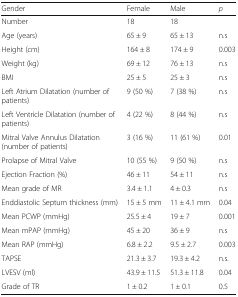
| Gender | Female | Male | p |
 | --- | --- | --- | --- |
 | Number | 18 | 18 |  |
 | Age (years) | 65 ± 9 | 65 ± 13 | n.s |
 | Height (cm) | 164 ± 8 | 174 ± 9 | 0.003 |
 | Weight (kg) | 69 ± 12 | 76 ± 13 | n.s |
 | BMI | 25 ± 5 | 25 ± 3 | n.s |
 | Left Atrium Dilatation (number of patients) | 9 (50 %) | 7 (38 %) | n.s |
 | Left Ventricle Dilatation (number of patients) | 4 (22 %) | 8 (44 %) | n.s |
 | Mitral Valve Annulus Dilatation (number of patients) | 3 (16 %) | 11 (61 %) | 0.01 |
 | Prolapse of Mitral Valve | 10 (55 %) | 9 (50 %) | n.s |
 | Ejection Fraction (%) | 46 ± 11 | 54 ± 11 | n.s |
 | Mean grade of MR | 3.4 ± 1.1 | 4 ± 0.3 | n.s |
 | Enddiastolic Septum thickness (mm) | 15 ± 5 mm | 11 ± 4.1 mm | 0.04 |
 | Mean PCWP (mmHg) | 25.5 ± 4 | 19 ± 7 | 0.001 |
 | Mean mPAP (mmHg) | 45 ± 20 | 36 ± 9 | n.s |
 | Mean RAP (mmHg) | 6.8 ± 2.2 | 9.5 ± 2.7 | 0.003 |
 | TAPSE | 21.3 ± 3.7 | 19.3 ± 4.2 | n.s. |
 | LVESV (ml) | 43.9 ± 11.5 | 51.3 ± 11.8 | 0.04 |
 | Grade of TR | 1 ± 0.2 | 1 ± 0.1 | 0.5 |